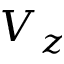
V _ { z }